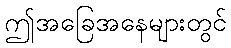
ဤအခြေအနေများတွင်